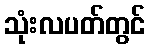
သုံးလပတ်တွင်